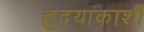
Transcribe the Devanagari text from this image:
ह्रुदयाकाशीं